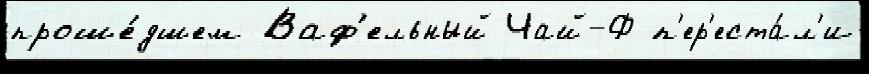
проше́дшем Ваф'ельный Чай-Ф п'ер'еста́л'и